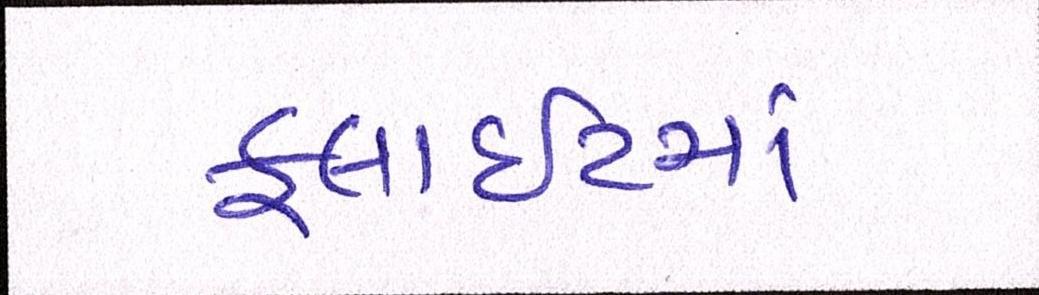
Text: ફ્લાઈટમાં